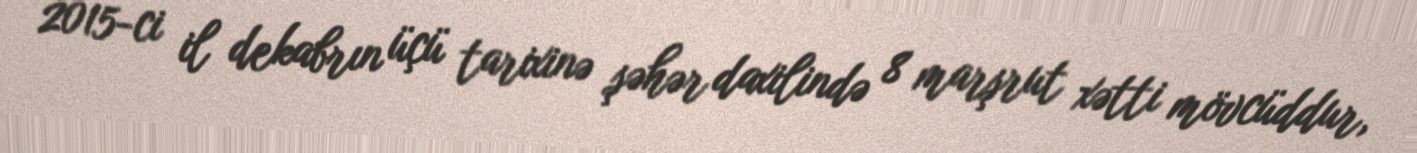
2015-ci il dekabrın üçü tarixinə şəhər daxilində 8 marşrut xətti mövcüddur,